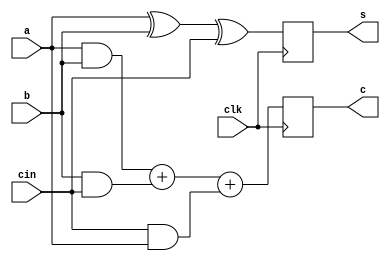
module FA(clk, a, b, cin, s, c);
    input clk;
    input a, b, cin;
    output  reg s, c;
    always @(posedge clk) begin
        s <= (a ^ b ^ cin);
        c <= ( a & b ) + ( b & cin ) + ( cin & a );
    end
endmodule